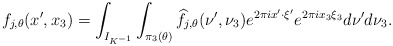
\begin{align*} f_{j,\theta}(x',x_3)=\int_{I_{K^{-1}}}\int_{\pi_3(\theta)}\widehat{f}_{j,\theta}(\nu',\nu_3)e^{2\pi ix'\cdot\xi'}e^{2\pi i x_3\xi_3}d\nu'd\nu_3 .\end{align*}